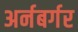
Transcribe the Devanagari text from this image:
अर्नबर्गर